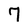
Character: 7